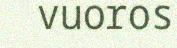
vuoros